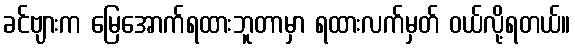
ခင်ဗျားက မြေအောက်ရထားဘူတာမှာ ရထားလက်မှတ် ဝယ်လို့ရတယ်။